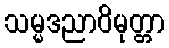
သမ္မဒညာဝိမုတ္တာ